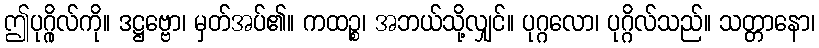
ဤပုဂ္ဂိုလ်ကို။ ဒဋ္ဌဗ္ဗော၊ မှတ်အပ်၏။ ကထဉ္စ၊ အဘယ်သို့လျှင်။ ပုဂ္ဂလော၊ ပုဂ္ဂိလ်သည်။ သတ္တာနော၊